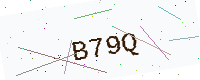
Text: B79Q